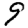
Digit: 9